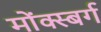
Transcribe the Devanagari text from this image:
मोंक्स्बर्ग